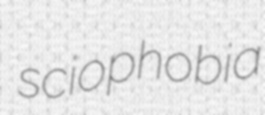
sciophobia